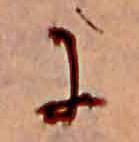
に